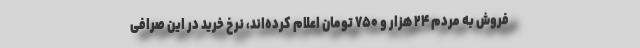
فروش به مردم ۲۴ هزار و ۷۵۰ تومان اعلام کرده‌اند، نرخ خرید در این صرافی